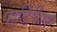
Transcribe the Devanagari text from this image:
पार्टिकिल